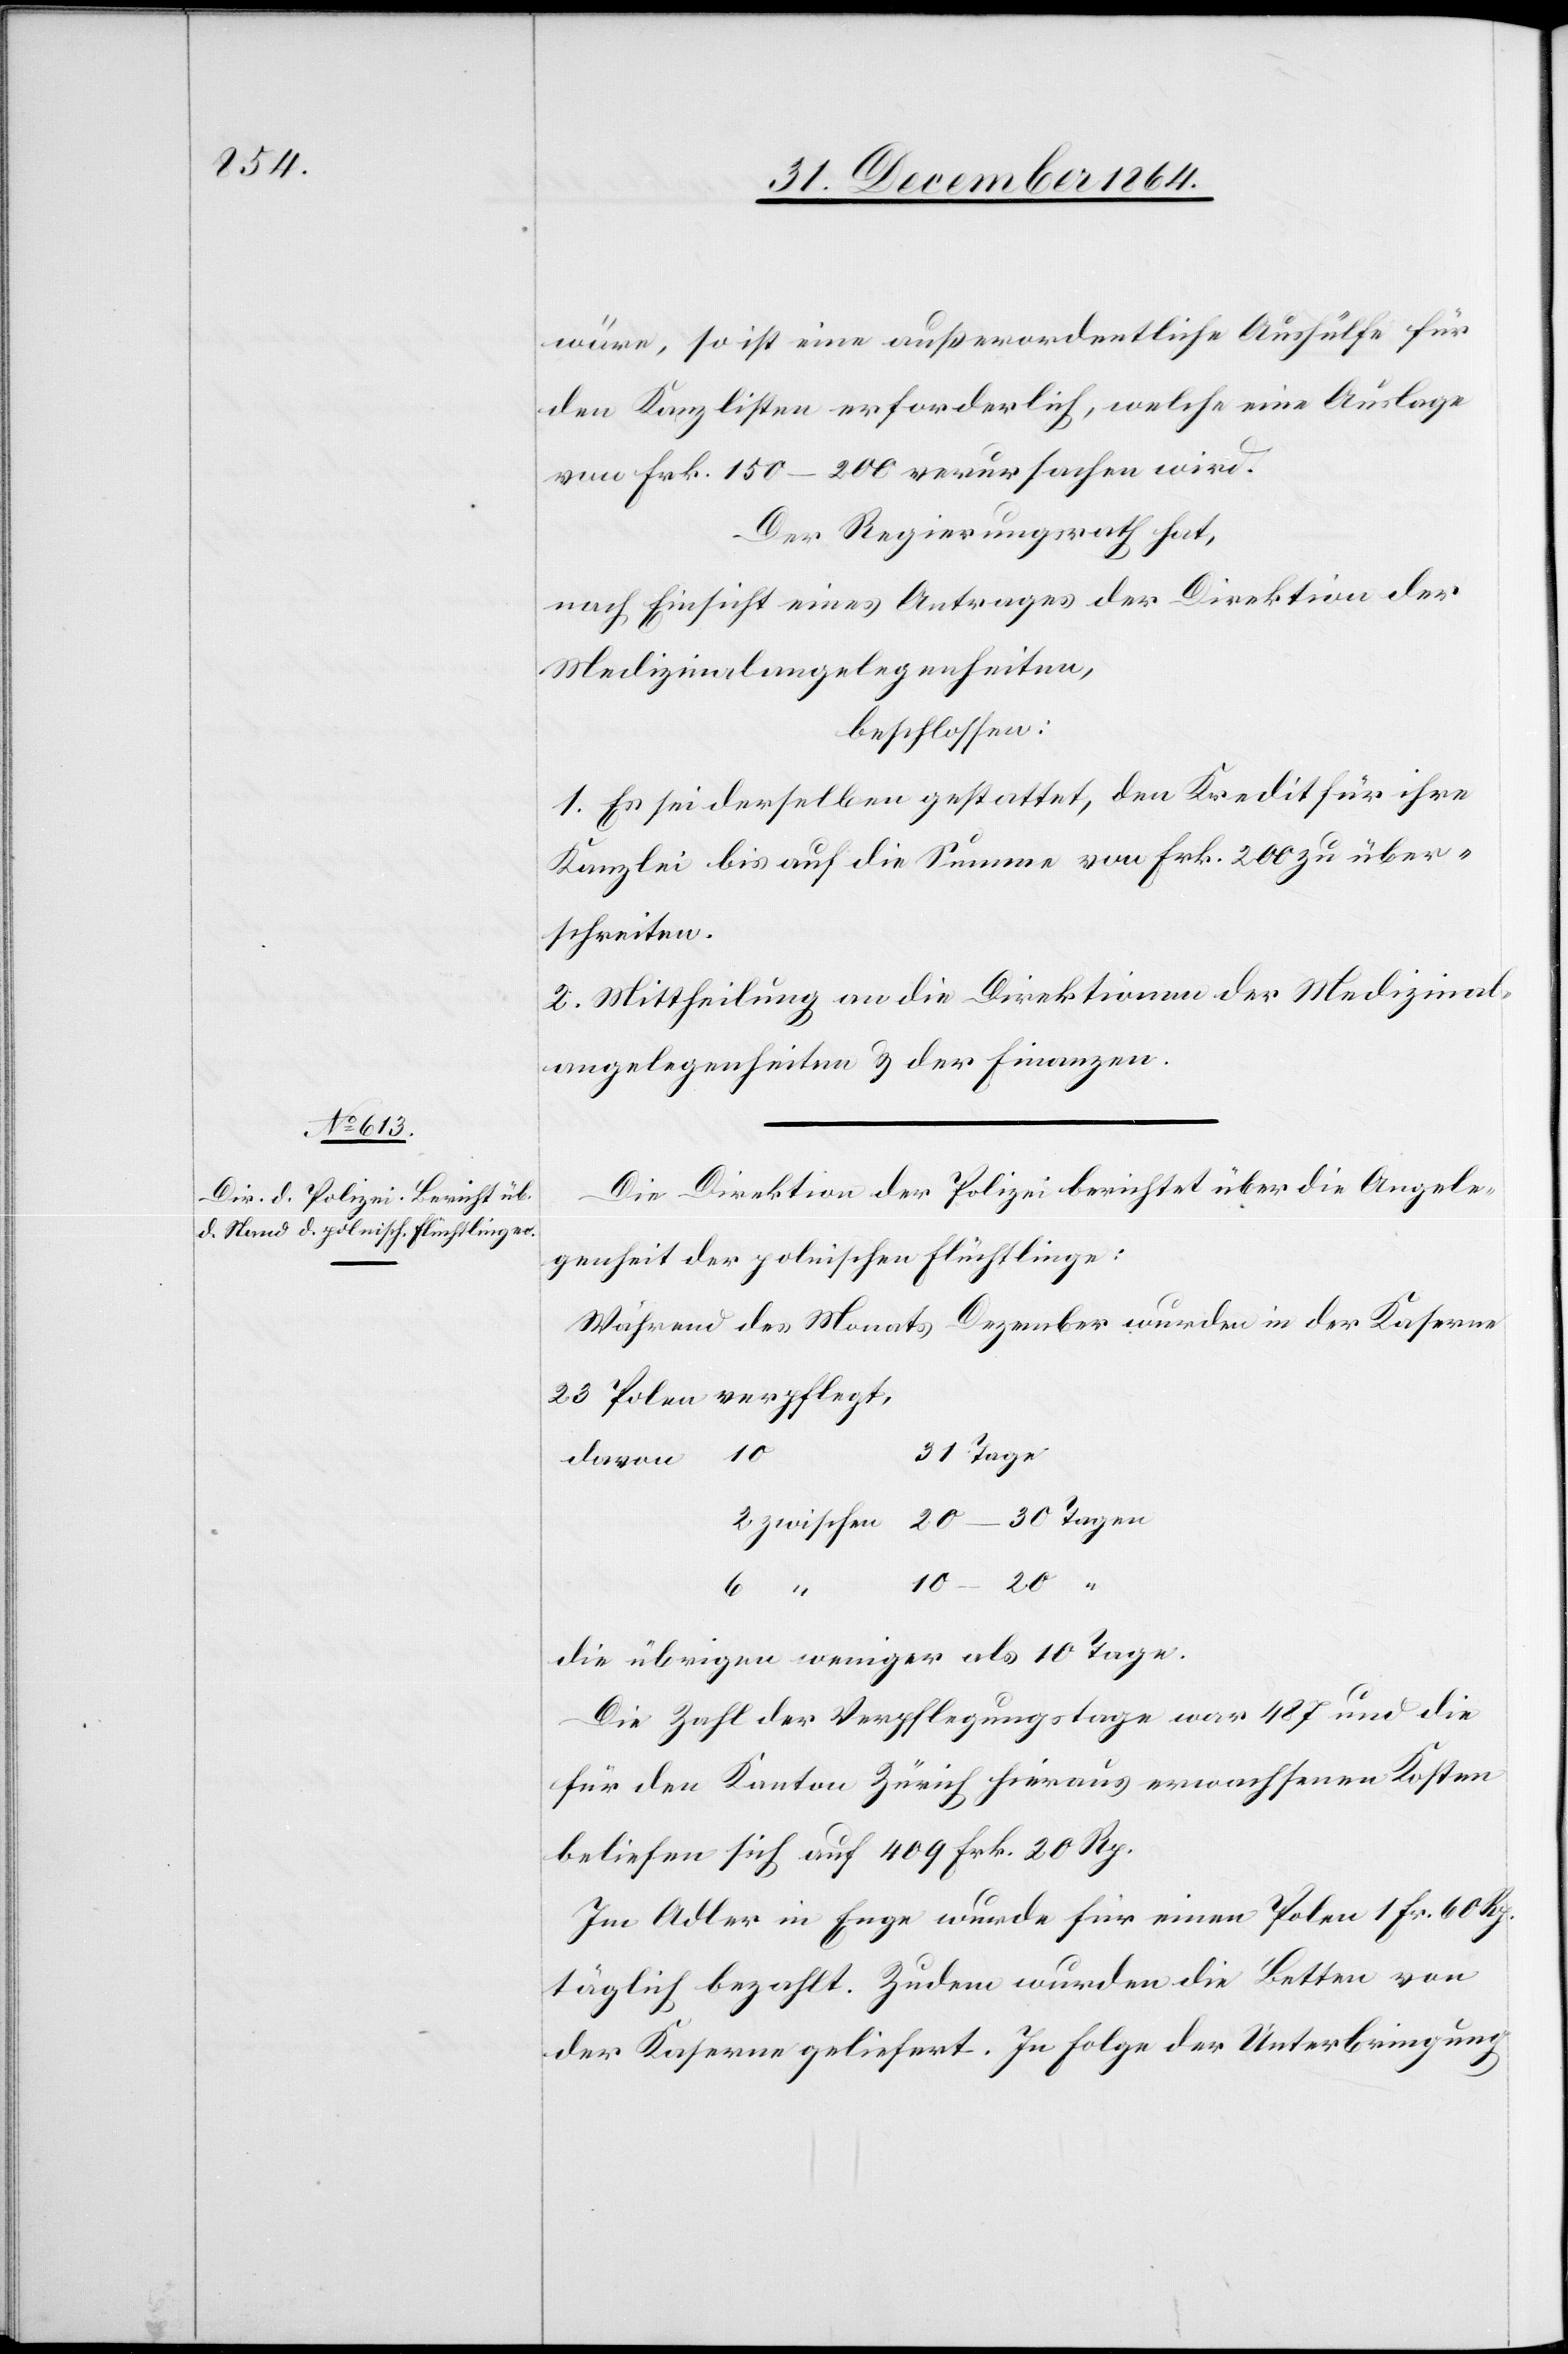
wäre, so ist eine außerordentliche Aushülfe für
den Kanzlisten erforderlich, welche eine Auslage
von Frk. 150–200 verursachen wird.
Der Regierungsrath hat,
nach Einsicht eines Antrages der Direktion der
Medizinalangelegenheiten,
beschlossen:
1. Es sei derselben gestattet, den Kredit für ihre
Kanzlei bis auf die Summe von Frk. 200 zu über¬
schreiten.
2. Mittheilung an die Direktionen der Medizinal¬
angelegenheiten & der Finanzen.
Die Direktion der Polizei berichtet über die Angele¬
genheit der polnischen Flüchtlinge:
Während des Monats Dezember wurden in der Kaserne
23 Polen verpflegt,
die übrigen weniger als 10 Tage.
Die Zahl der Verpflegungstage war 487 und die
für den Kanton Zürich hieraus erwachsenen Kosten
beliefen sich auf 409 Frk. 20 Rp.
Im Adler in Enge wurde für einen Polen 1 Fr. 60 Rp.
täglich bezahlt. Zudem wurden die Betten von
der Kaserne geliefert. In Folge der Unterbringung